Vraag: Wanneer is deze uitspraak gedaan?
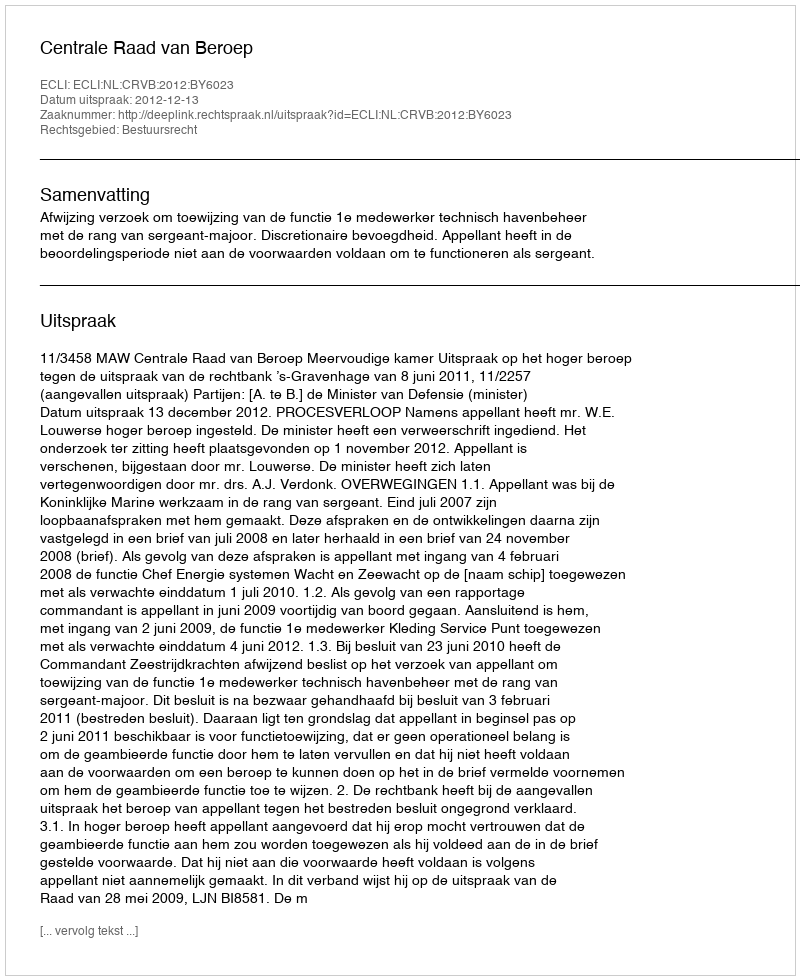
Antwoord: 2012-12-13